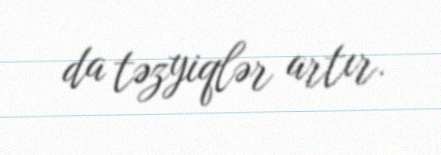
da təzyiqlər artır.